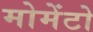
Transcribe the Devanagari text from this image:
मोमेंटो